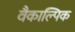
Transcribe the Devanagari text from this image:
वैकाल्पिक